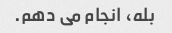
بله، انجام می دهم.